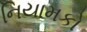
નિયામકો